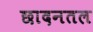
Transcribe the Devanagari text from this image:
छादनतल